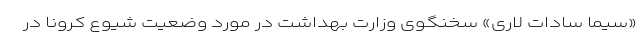
«سیما سادات لاری» سخنگوی وزارت بهداشت در مورد وضعیت شیوع کرونا در